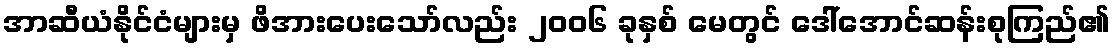
အာဆီယံနိုင်ငံများမှ ဖိအားပေးသော်လည်း ၂၀၀၆ ခုနှစ် မေတွင် ဒေါ်အောင်ဆန်းစုကြည်၏